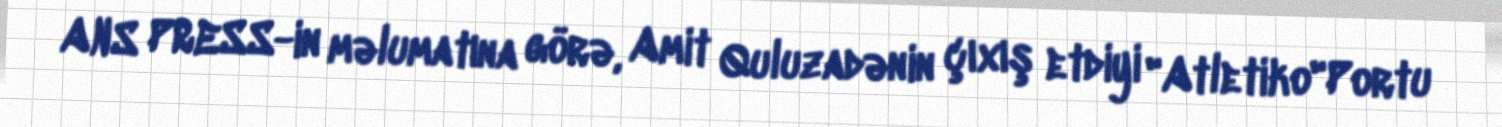
ANS PRESS-in məlumatına görə, Amit Quluzadənin çıxış etdiyi "Atletiko"Portu